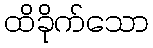
ထိခိုက်သော